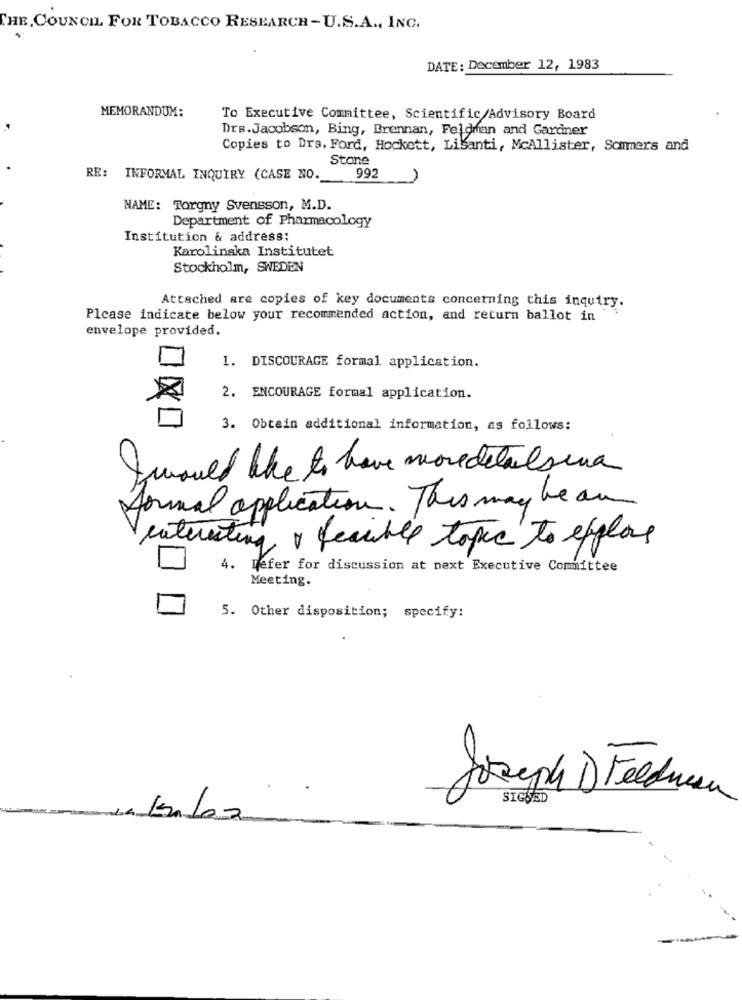
THE COUNCIL FOR TOBACCO RESEARCH -U.S.A ., INC.
DATE: December 12, 1983
MEMORANDUM:
To Executive Committee, Scientific/Advisory Board
Drs. Jacobson, Bing, Brennan, Feldrfan and Gardner
Copies to Drs. Ford, Hockett, Lisanti, McAllister, Sommers and
Stane
RE: INFORMAL INQUIRY (CASE NO. 992
NAME: Torgny Svensson, M.D.
Department of Pharmacology
Institution & address:
Karolinska Institutet
Stockholm, SWEDEN
Attached are copies of key documents concerning this inquiry.
Please indicate below your recommended action, and return ballot in
envelope provided.
1. DISCOURAGE formal application.
2. ENCOURAGE formal application.
3. Obtain additional information, as follows:
Iwould like to have moredetailsuna
formal application . This may be an
interesting o fecible topic to explos
4. Refer for discussion at next Executive Committee
Meeting.
5. Other disposition; specify: